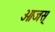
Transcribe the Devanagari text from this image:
ओजस्‌